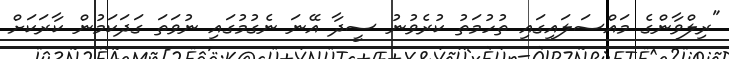
"ރިލްވާންގެ މައްސަލައިގައި ތުހުމަތު ކުރެވުނު ސީދާ އޭނަ ނެގުމުގައި ނުވަތަ ގަދަކަމުން ކާރަކަށް